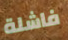
فاشلة